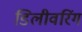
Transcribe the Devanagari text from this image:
डिलीवरिंग